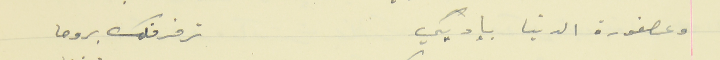
وعصفورة الدنيا بإديكي                                      ترفرفلك بروحا